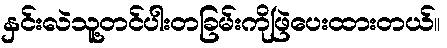
နှင်းလဲသူ့တင်ပါးတခြမ်းကိုဖြဲပေးထားတယ်။